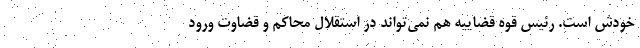
خودش است. رئیس قوه قضاییه هم نمی‌تواند در استقلال محاکم و قضاوت ورود